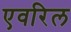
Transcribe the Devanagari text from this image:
एवरिल